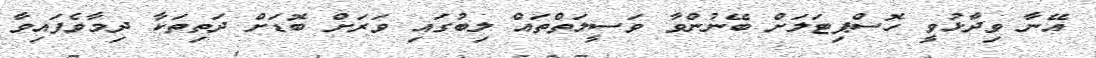
އޭނާ ވިދާޅުވީ ހޮސްޕިޓަލަށް ބޭނުންވާ ވަސީލަތްތައް ލިބުގައި ވަރަށް ބޮޑަށް ދަތިތަކާ ދިމާވެފައިވާ